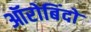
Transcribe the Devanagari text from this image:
ऑरोबिंदो